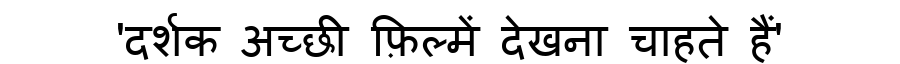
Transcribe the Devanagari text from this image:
'दर्शक अच्छी फ़िल्में देखना चाहते हैं'